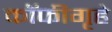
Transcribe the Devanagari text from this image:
कॉफीगृहे